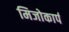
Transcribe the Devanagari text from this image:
मिजोकार्प